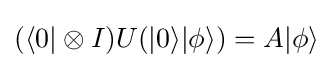
(\langle 0|\otimes I)U(|0\rangle |\phi \rangle )=A|\phi \rangle